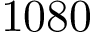
1 0 8 0